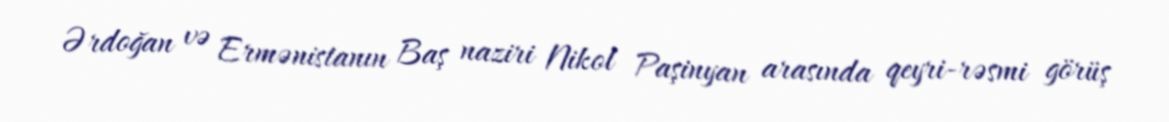
Ərdoğan və Ermənistanın Baş naziri Nikol Paşinyan arasında qeyri-rəsmi görüş